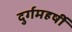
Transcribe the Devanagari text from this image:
दुर्गमहर्षी